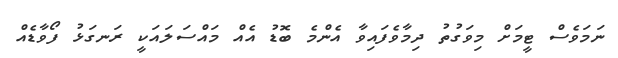
ނަމަވެސް ޓީމަށް މިވަގުތު ދިމާވެފައިވާ އެންމެ ބޮޑު އެއް މައްސަލައަކީ ރަނގަޅު ފޯވާޑެއް